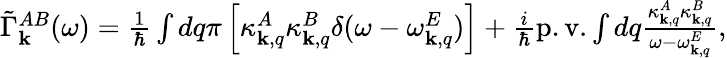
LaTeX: \begin{array}{r}{\tilde{\Gamma}_{\mathbf k}^{AB}(\omega)=\frac{1}{\hbar}\int dq\pi\left[\kappa_{{\mathbf k},q}^{A}\kappa_{{\mathbf k},q}^{B}\delta(\omega-\omega_{{\mathbf k},q}^{E})\right]+\frac{i}{\hbar}\mathrm{p.v.}\int dq\frac{\kappa_{{\mathbf k},q}^{A}\kappa_{{\mathbf k},q}^{B}}{\omega-\omega_{{\mathbf k},q}^{E}},}\end{array}